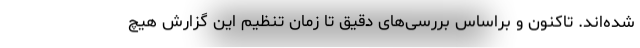
شده‌اند. تاکنون و براساس بررسی‌های دقیق تا زمان تنظیم این گزارش هیچ